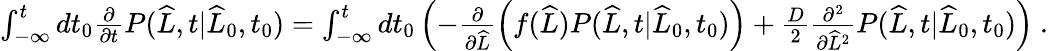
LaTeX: \begin{array}{r}{\int_{-\infty}^{t}dt_{0}\frac{\partial}{\partial t}P(\widehat{L},t|\widehat{L}_{0},t_{0})=\int_{-\infty}^{t}dt_{0}\left(-\frac{\partial}{\partial\widehat{L}}\left(f(\widehat{L})P(\widehat{L},t|\widehat{L}_{0},t_{0})\right)+\frac{D}{2}\frac{\partial^{2}}{\partial\widehat{L}^{2}}P(\widehat{L},t|\widehat{L}_{0},t_{0})\right)\ .}\end{array}